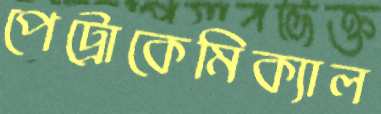
পেট্রোকেমিক্যাল